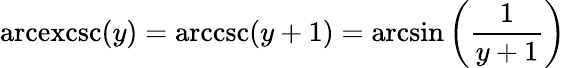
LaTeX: \operatorname{arcexcsc}(y)=\operatorname{arccsc}(y+1)=\arcsin\left({\frac{1}{y+1}}\right)